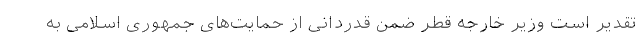
تقدیر است وزیر خارجه قطر ضمن قدردانی از حمایت‌های جمهوری اسلامی به